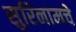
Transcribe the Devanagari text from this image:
सुरिनामचे